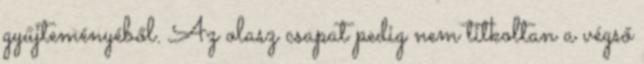
gyűjteményéből. Az olasz csapat pedig nem titkoltan a végső